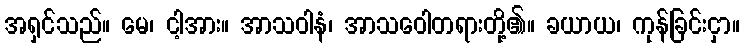
အရှင်သည်။ မေ၊ ငါ့အား။ အာသဝါနံ၊ အာသဝေါတရားတို့၏။ ခယာယ၊ ကုန်ခြင်းငှာ။